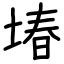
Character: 堾